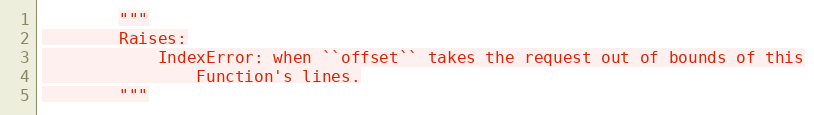
Language: Python
        """
        Raises:
            IndexError: when ``offset`` takes the request out of bounds of this
                Function's lines.
        """